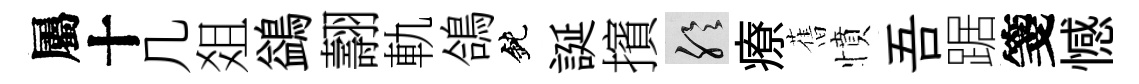
屬十几爼鷁翿軌鴿鈍誕擯聆療𦾔憤吾踞箋憾